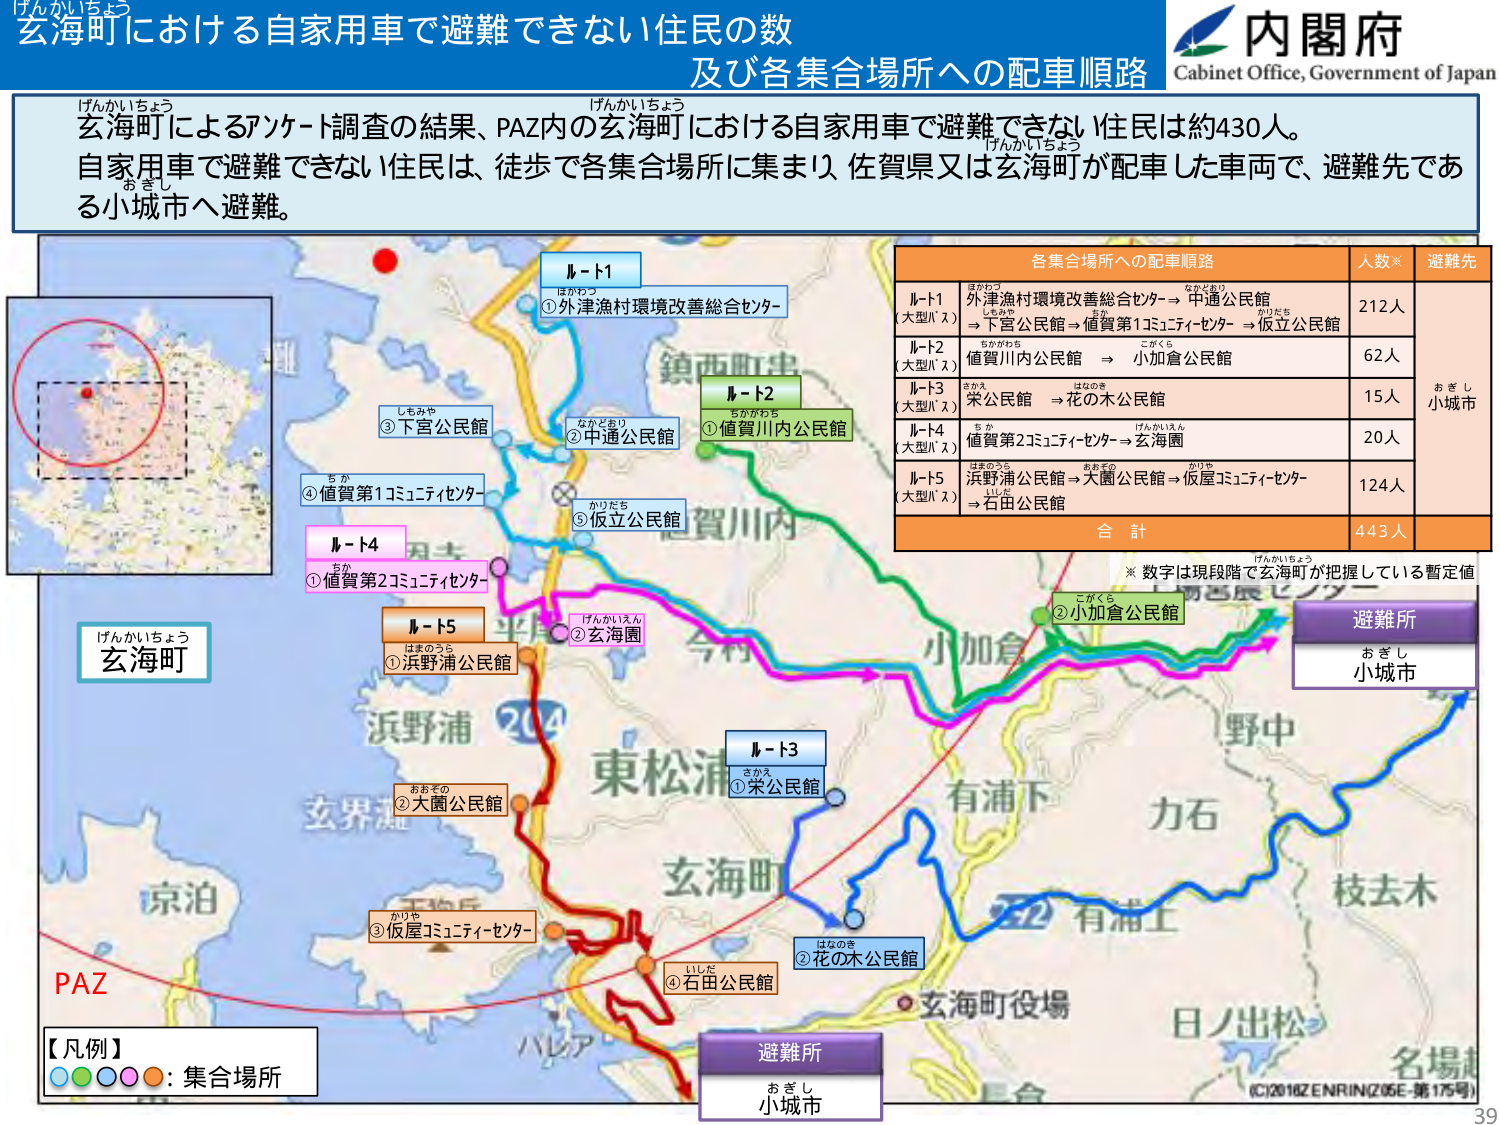
玄海町における自家用車で避難できない住民の数
及び各集合場所への配車順路

内閣府
Cabinet Office, Government of Japan

げんかいちょう
玄海町によるアンケート調査の結果、PAZ内の玄海町における自家用車で避難できない住民は約430人。
自家用車で避難できない住民は、徒歩で各集合場所に集まり、佐賀県又は玄海町が配車した車両で、避難先である小城市へ避難。

げんかいちょう
ルート1
①外津漁村環境改善総合センター

ルート2
①値賀川内公民館

ルート3
①栄公民館

ルート4
①値賀第2コミュニティセンター

ルート5
①浜野浦公民館

②大園公民館
③仮屋コミュニティセンター
④石田公民館
②花の木公民館
③下宮公民館
②中通公民館
④値賀第1コミュニティセンター
⑤仮立公民館
②小加倉公民館
①玄海園

各集合場所への配車順路
人数※
避難先

ルート1（大型バス）
外津漁村環境改善総合センター → 中通公民館 → 下宮公民館 → 値賀第1コミュニティセンター → 仮立公民館
212人

ルート2（大型バス）
値賀川内公民館 → 小加倉公民館
62人

ルート3（大型バス）
栄公民館 → 花の木公民館
15人

ルート4（大型バス）
値賀第2コミュニティセンター → 玄海園
20人

ルート5（大型バス）
浜野浦公民館 → 大園公民館 → 仮屋コミュニティセンター → 石田公民館
124人

合計
443人

※ 数字は現段階で玄海町が把握している暫定値

げんかいちょう
PAZ

【凡例】
○○○○○：集合場所

避難所
おきし
小城市

避難所
おきし
小城市

(C)2018 ZENRIN (Z05E-第175号)
39